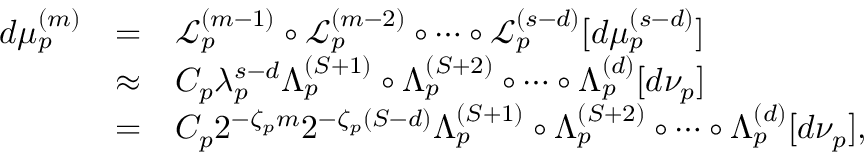
\begin{array} { r c l } { d \mu _ { p } ^ { ( m ) } } & { = } & { \mathcal { L } _ { p } ^ { ( m - 1 ) } \circ \mathcal { L } _ { p } ^ { ( m - 2 ) } \circ \cdots \circ \mathcal { L } _ { p } ^ { ( s - d ) } [ d \mu _ { p } ^ { ( s - d ) } ] } \\ & { \approx } & { C _ { p } \lambda _ { p } ^ { s - d } \Lambda _ { p } ^ { ( S + 1 ) } \circ \Lambda _ { p } ^ { ( S + 2 ) } \circ \cdots \circ \Lambda _ { p } ^ { ( d ) } [ d \nu _ { p } ] } \\ & { = } & { C _ { p } 2 ^ { - \zeta _ { p } m } 2 ^ { - \zeta _ { p } ( S - d ) } \Lambda _ { p } ^ { ( S + 1 ) } \circ \Lambda _ { p } ^ { ( S + 2 ) } \circ \cdots \circ \Lambda _ { p } ^ { ( d ) } [ d \nu _ { p } ] , } \end{array}